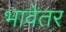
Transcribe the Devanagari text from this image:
भावेतर